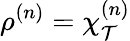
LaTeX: \rho^{(n)}=\chi_{\mathcal{T}}^{(n)}